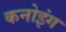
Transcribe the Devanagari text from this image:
कनोइंग